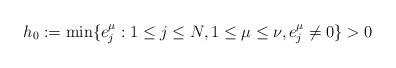
LaTeX: \begin{align*}h_0:= \min\{e_j^{\mu} : 1\leq j\leq N, 1\leq \mu\leq \nu, e_j^{\mu}\ne 0\}>0\end{align*}